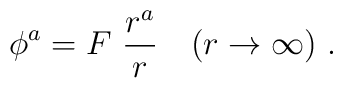
\phi^a=F\ \frac{r^a}{r}\quad (r\rightarrow \infty )\ .